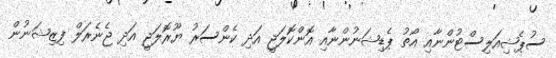
ސުޕެޝިއަލިސްޓުންނާއި އޯތު ޕެޑިޝަނުންނާއި އޮންކޮލަޖީ އަދި ކެންސަރު ޔޫރޮލަޖީ އަދި ޖެނެރަލް ފިޒިޝަނުން